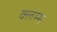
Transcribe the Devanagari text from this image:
क्लम्स